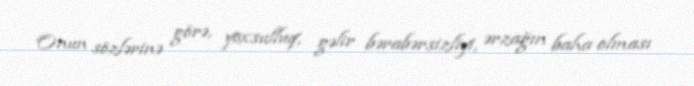
Onun sözlərinə görə, yoxsulluq, gəlir bərabərsizliyi, ərzağın baha olması